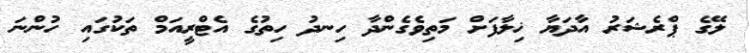
ލޭގެ ޕްރެޝަރު އާދަޔާ ޚިލާފަށް މަތިވެގެންދާ ހިނދު ހިތުގެ އެޓްރީއަމް ތަކުގައި ހުންނަ